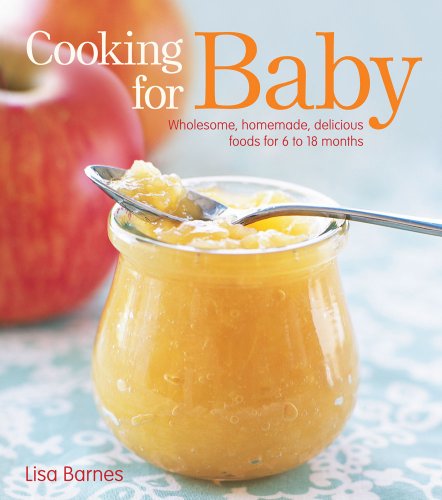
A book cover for Cooking for Baby: Wholesome, Homemade, Delicious Foods for 6 to 18 Months; Lisa Barnes; Cookbooks, Food & Wine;